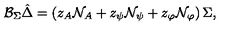
{ { \cal B } _ { \Sigma } } \hat { \Delta } = \left( z _ { A } { \cal N } _ { A } + z _ { \psi } { \cal N } _ { \psi } + z _ { \varphi } { \cal N } _ { \varphi } \right) \Sigma ,